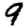
Digit: 9